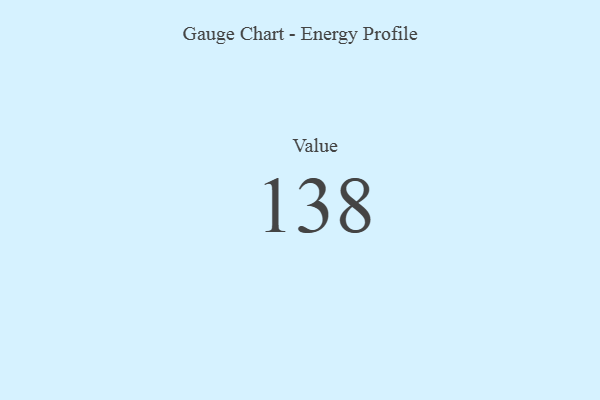
{"axis": {"x": "Metric", "y": "Value"}, "legend": [""], "data": [{"x": "Value", "y": 138, "type": ""}]}